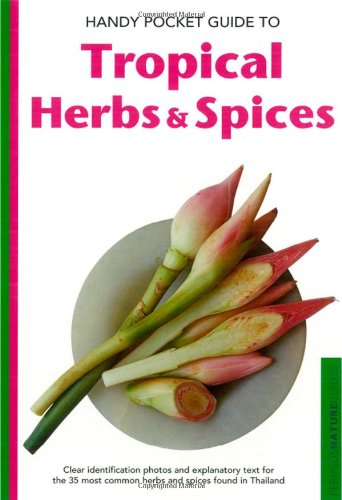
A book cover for Handy Pocket Guide to Tropical Herbs & Spices (Handy Pocket Guides); Wendy Hutton; Cookbooks, Food & Wine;